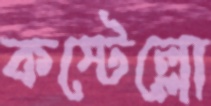
কস্টেল্লো